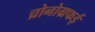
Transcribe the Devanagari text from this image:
च्रोनोग्रफई